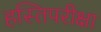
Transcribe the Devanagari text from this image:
हस्तिपरीक्षा